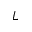
L